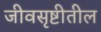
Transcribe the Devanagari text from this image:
जीवसृष्टीतील